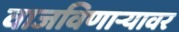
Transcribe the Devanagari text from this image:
वाजविणार्‍यावर